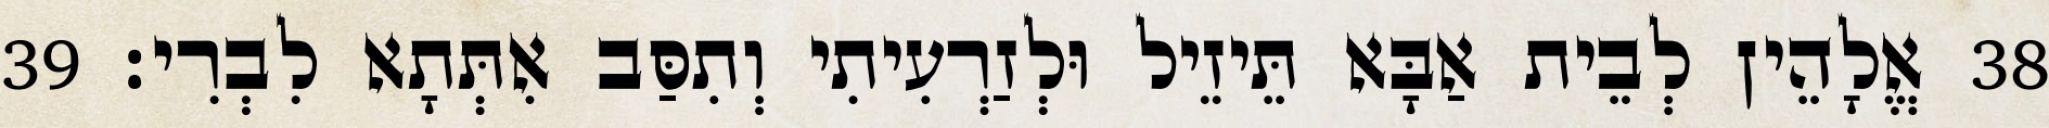
38 אֱלָהֵין לְבֵית אַבָּא תֵּיזֵיל וּלְזַרְעִיתִי וְתִסַּב אִתְּתָא לִבְרִי׃ 39